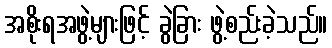
အစိုးရအဖွဲ့များဖြင့် ခွဲခြား ဖွဲ့စည်းခဲ့သည်။